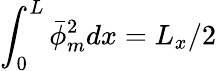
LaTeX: \int_{0}^{L}\bar{\phi}_{m}^{2}dx=L_{x}/2